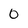
Character: 0